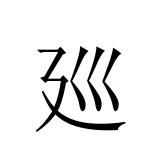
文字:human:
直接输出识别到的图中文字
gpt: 廵